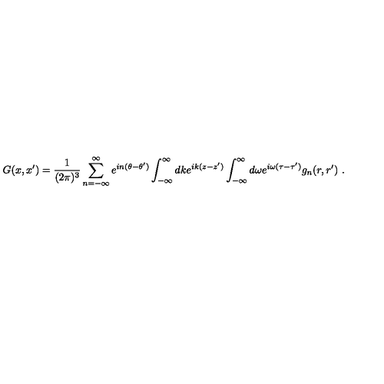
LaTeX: G ( x , x ^ { \prime } ) = \frac 1 { ( 2 \pi ) ^ { 3 } } \sum _ { n = - \infty } ^ { \infty } e ^ { i n ( \theta - \theta ^ { \prime } ) } \int _ { - \infty } ^ { \infty } d k e ^ { i k ( z - z ^ { \prime } ) } \int _ { - \infty } ^ { \infty } d \omega e ^ { i \omega ( \tau - \tau ^ { \prime } ) } g _ { n } ( r , r ^ { \prime } ) \ .